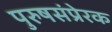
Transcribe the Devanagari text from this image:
पुरुषसंप्रेरक